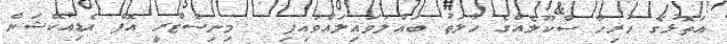
އަތޮޅުގެ ހުރިހާ ސްކޫލެއްގެ ހާލަތު ބައްލަވައިލައްވައިފި   މިނިސްޓްރީ އޮފް އެޑިއުކޭޝަން